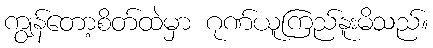
ကျွန်တော့စိတ်ထဲမှာ ဂုဏ်ယူကြည်နူးမိသည်။